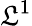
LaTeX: \mathfrak{L}^{1}